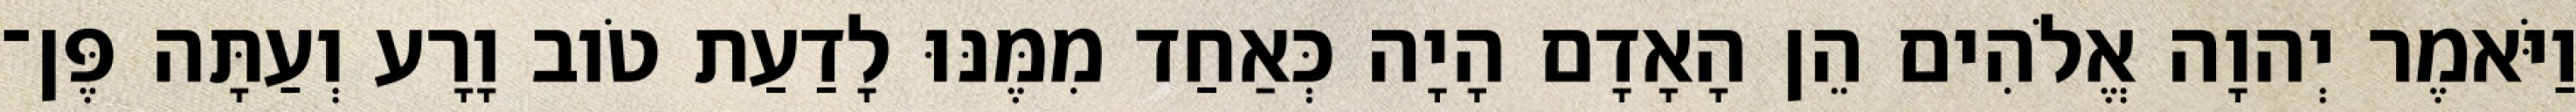
וַיֹּאמֶר יְהוָה אֱלֹהִים הֵן הָאָדָם הָיָה כְּאַחַד מִמֶּנּוּ לָדַעַת טֹוב וָרָע וְעַתָּה פֶּן־